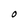
Character: O